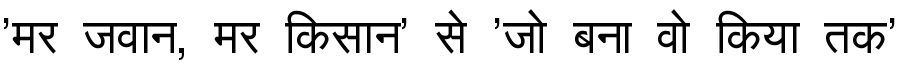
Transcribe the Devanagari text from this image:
'मर जवान, मर किसान' से 'जो बना वो किया तक'